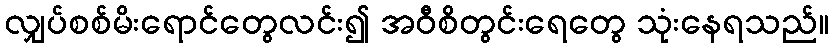
လျှပ်စစ်မိးရောင်တွေလင်း၍ အဝီစိတွင်းရေတွေ သုံးနေရသည်။